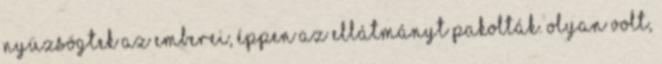
nyüzsögtek az emberei, éppen az ellátmányt pakolták. Olyan volt,